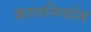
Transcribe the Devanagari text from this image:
कालनिर्यास